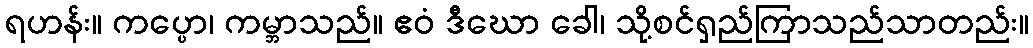
ရဟန်း။ ကပ္ပော၊ ကမ္ဘာသည်။ ဧဝံ ဒီဃော ခေါ၊ သို့စင်ရှည်ကြာသည်သာတည်း။